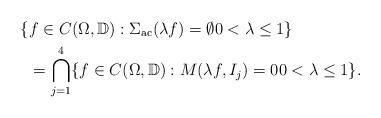
LaTeX: \begin{align*}\{ & f \in C(\Omega,\mathbb{D}) : \Sigma_\mathrm{ac}(\lambda f) = \emptyset 0 < \lambda \le 1 \} \\& = \bigcap_{j=1}^4 \{ f \in C(\Omega,\mathbb{D}) : M(\lambda f,I_j) = 0 0 < \lambda \le 1 \}.\end{align*}